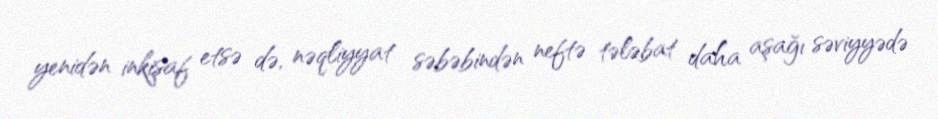
yenidən inkişaf etsə də, nəqliyyat səbəbindən neftə tələbat daha aşağı səviyyədə